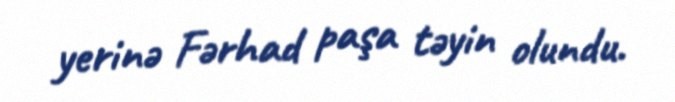
yerinə Fərhad paşa təyin olundu.